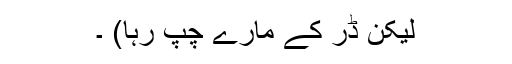
لیکن ڈر کے مارے چُپ رہا) ۔